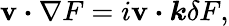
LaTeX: {\textbf{v}}\boldsymbol{\cdot}\nabla F=i{\textbf{v}\boldsymbol{\cdot}\boldsymbol{k}}\delta F,